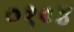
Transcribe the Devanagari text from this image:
०१०४